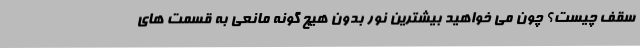
سقف چیست؟ چون می خواهید بیشترین نور بدون هیچ گونه مانعی به قسمت های